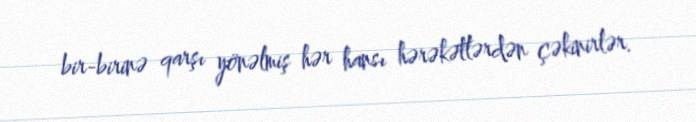
bir-birinə qarşı yönəlmiş hər hansı hərəkətlərdən çəkinirlər.